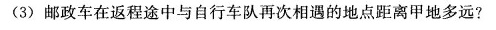
(3)邮政车在返程途中与自行车队再次相遇的地点距离甲地多远?